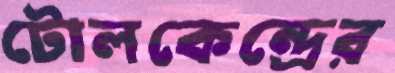
টোলকেন্দ্রের